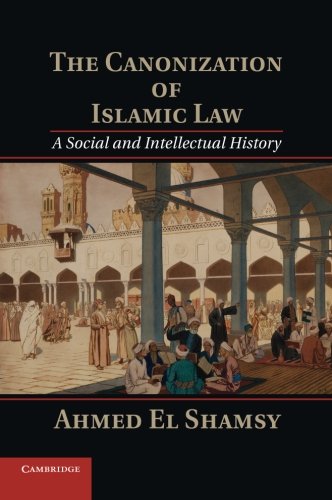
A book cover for The Canonization of Islamic Law: A Social and Intellectual History; Ahmed El Shamsy; Religion & Spirituality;